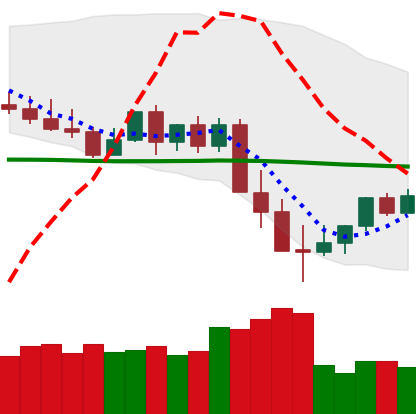
Ticker: XMR-USD
Chart end date: 2022-05-17
Forward return: 8.268%
Label: up_7plus